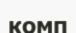
комп